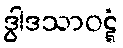
ဒွါဒသာဝဋ္ဋံ